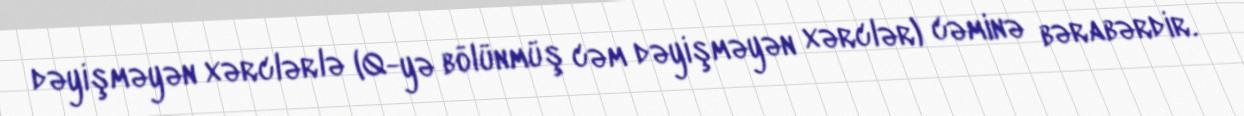
dəyişməyən xərclərlə (Q-yə bölünmüş cəm dəyişməyən xərclər) cəminə bərabərdir.